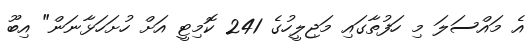
އެ މައްސަލަ މި ހަފުތާގައި މަޖިލީހުގެ 241 ކޮމިޓީ އަށް ހުށަހަޅާނަން" އިބޫ